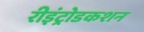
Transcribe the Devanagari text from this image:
रीइंट्रोडकशन